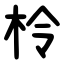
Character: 柃